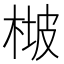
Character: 𣔡